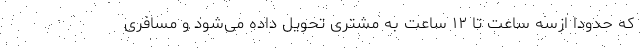
که حدودا ازسه ساعت تا ۱۲ ساعت به مشتری تحویل داده می‌شود و مسافری